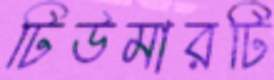
টিউমারটি